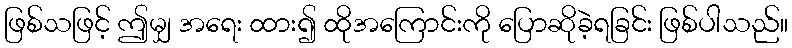
ဖြစ်သဖြင့် ဤမျှ အရေး ထား၍ ထိုအကြောင်းကို ပြောဆိုခဲ့ရခြင်း ဖြစ်ပါသည်။